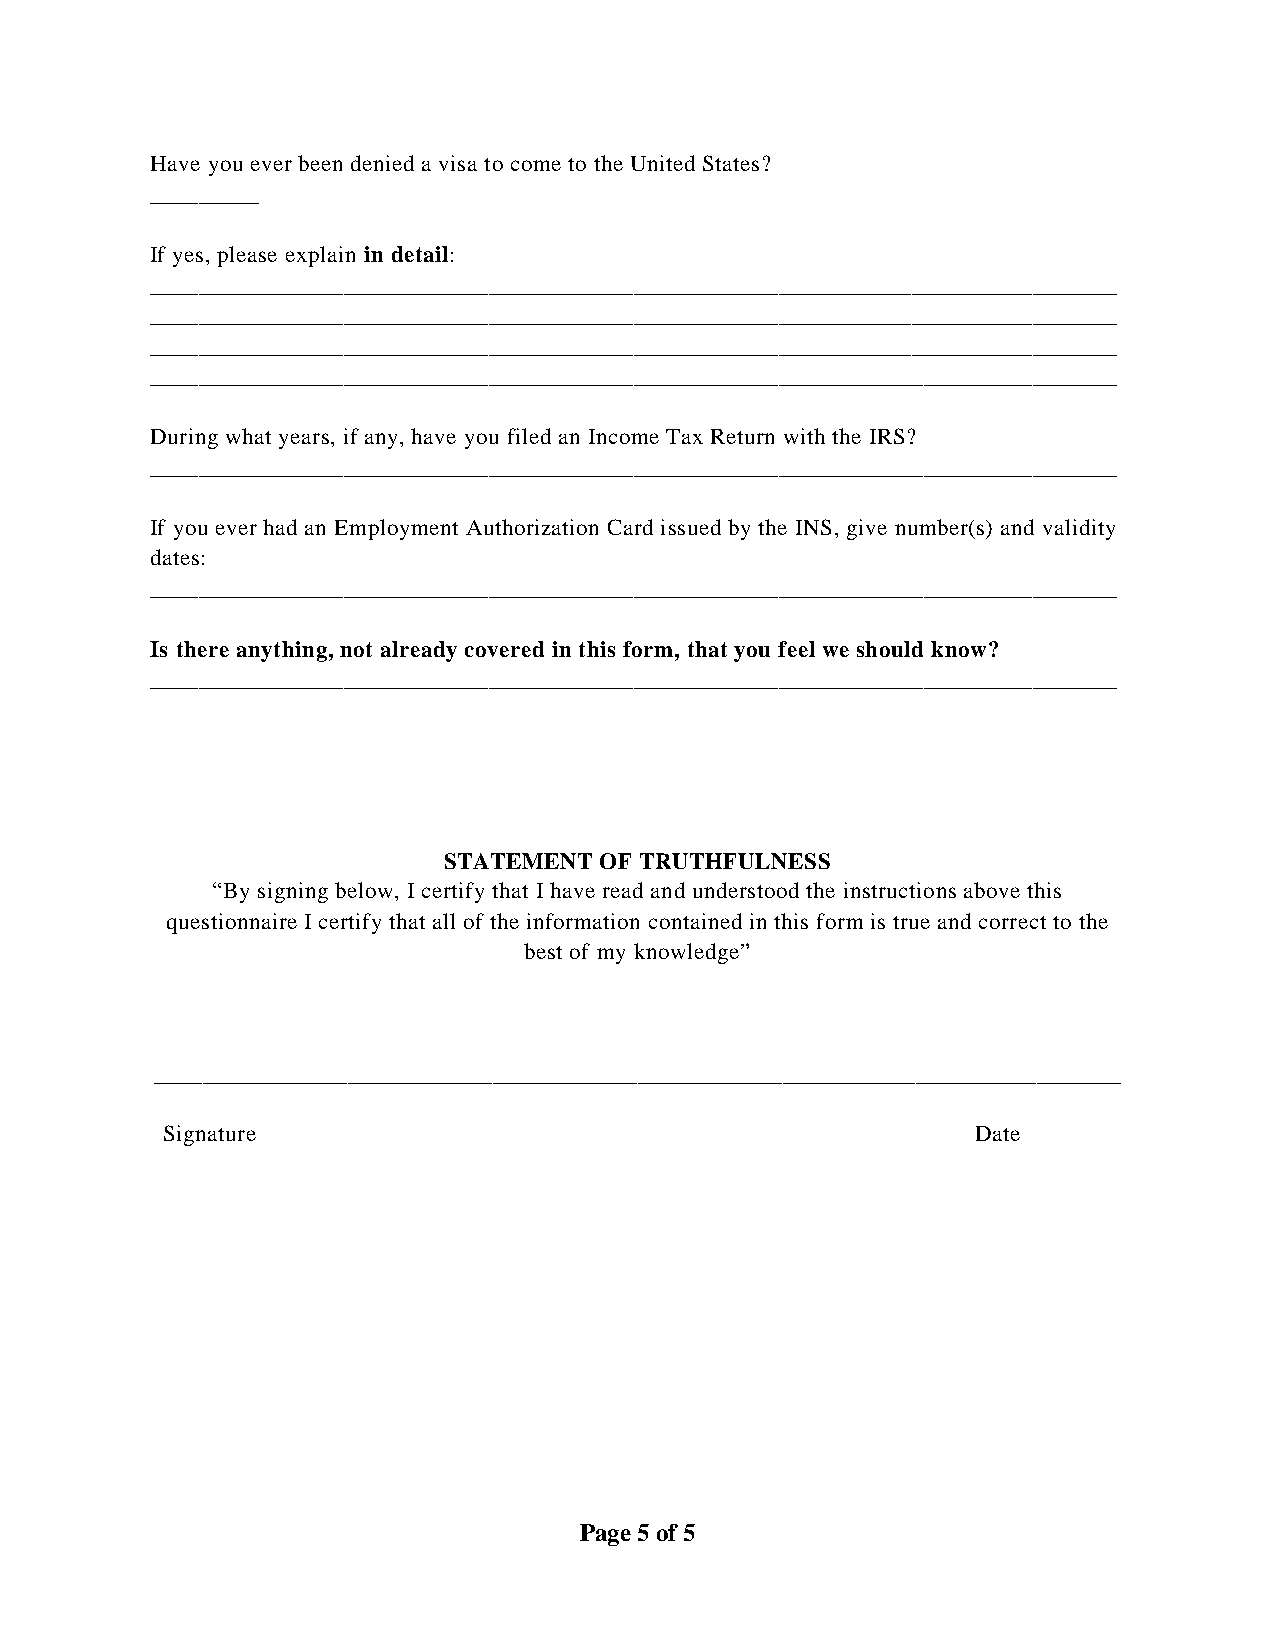
Have you ever been denied a visa to come to the United States?
 _________
 If yes, please explain in detail:
 ________________________________________________________________________________
 ________________________________________________________________________________
 ________________________________________________________________________________
 ________________________________________________________________________________
 During what years, if any, have you filed an Income Tax Return with the IRS?
 ________________________________________________________________________________
 If you ever had an Employment Authorization Card issued by the INS, give number(s) and validity
 dates:
 ________________________________________________________________________________
 Is there anything, not already covered in this form, that you feel we should know?
 ________________________________________________________________________________
 STATEMENT  OF TRUTHFULNESS
 “By signing below, I certify that I have read and understood the instructions above this
 questionnaire I certify that all of the information contained in this form is true and correct to the
 best of my knowledge”
 ________________________________________________________________________________
 Signature                                             Date
 Page 5 of 5